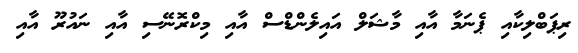
ރިޕަބްލިކާއި ޕެނަމާ އާއި މާޝަލް އައިލެންޑްސް އާއި މިކްރޮނޭސި އާއި ނައުރޫ އާއި